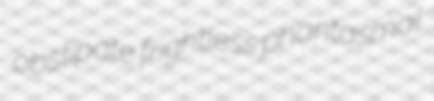
obstipate frightless phantasmal